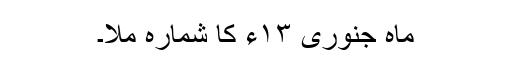
ماہ جنوری ۱۳ء کا شمارہ ملا۔